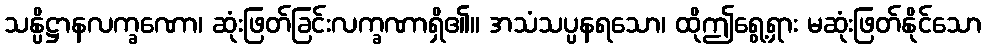
သန္ပိဋ္ဌာနလက္ခဏော၊ ဆုံးဖြတ်ခြင်းလက္ခဏာရှိ၏။ အသံသပ္ပနရသော၊ ထိုဤရွေ့ရှား မဆုံးဖြတ်နိုင်သော